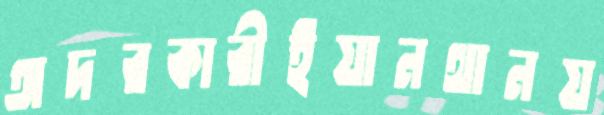
অদরকারীইয়ানথানয